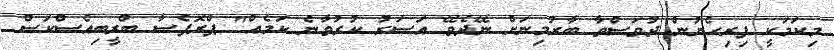
މިކަމަކީ ފިރިހެނުން ދުވަސްވާ ބާރުމިނަށް ނޭދެވޭ އަސަރު ކުރުވާނެ ކަމެއް" ޕްރޮފެސާ ބްރީބިއެސްކަސް